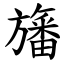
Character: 旛